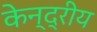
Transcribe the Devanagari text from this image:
केन्‍द्रीय